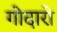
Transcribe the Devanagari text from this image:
गोदारो